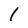
Character: l